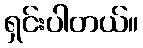
ရှင်းပါတယ်။